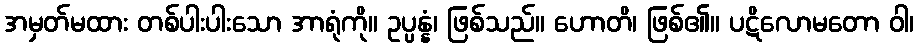
အမှတ်မထား တစ်ပါးပါးသော အာရုံကို။ ဥပ္ပန္နံ၊ ဖြစ်သည်။ ဟောတိ၊ ဖြစ်၏။ ပဋိလောမတော ဝါ၊